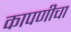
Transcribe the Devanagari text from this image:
कापणीचा